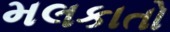
મલકાતો